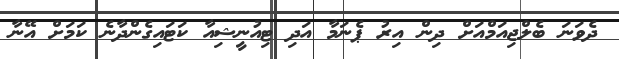
ދެވަނަ ބެލްޖިއަމްއަށް ދިން އިރު ޕެނަމާ އަދި ޓިއުނީޝިއާ ކަޓައިގެންދާނެ ކަމަށް އޭނާ